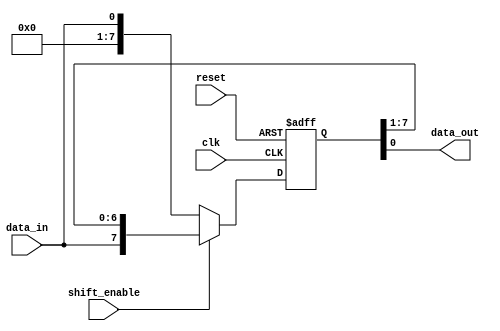
module parallel_in_serial_out(
    input clk,
    input reset,
    input data_in,
    input shift_enable,
    output reg data_out
);

reg [7:0] data_reg; // 8-bit parallel input register

always @(posedge clk or posedge reset) begin
    if (reset) begin
        data_reg <= 8'b0;
    end else if (shift_enable) begin
        data_reg <= {data_in, data_reg[7:1]}; // Shift data to the left
    end else begin
        data_reg <= data_in; // Load data in parallel
    end
end

assign data_out = data_reg[0]; // Serial output

endmodule